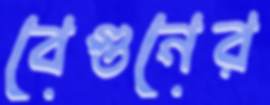
বেগুনের